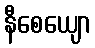
နီစေယျော